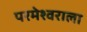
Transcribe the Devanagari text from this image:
परमेश्‍वराला